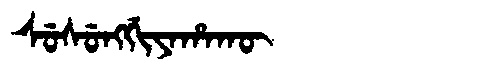
Manchu: ᠰᡠᠰᡠᠩᡤᡳᠶᠠᡥᠠᡴᡡ
Romanization: SUSUNGGIYAHAKŪ